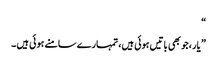
“
” یار ،جو بھی باتیں ہوئی ہیں، تمہارے سامنے ہوئی ہیں ۔